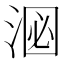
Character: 𪶑